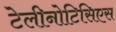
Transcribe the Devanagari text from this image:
टेलीनोटिसिएस